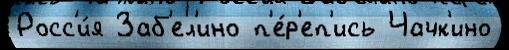
Росс'и́я Заб'ел'ино п'е́р'еп'ись Чачк'ино